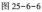
图25-6-6